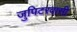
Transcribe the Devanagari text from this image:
जुपिटरवासी